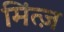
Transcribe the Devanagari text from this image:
मिंत्ज़